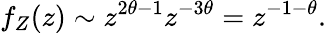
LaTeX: f_{Z}(z)\sim z^{2\theta-1}z^{-3\theta}=z^{-1-\theta}.